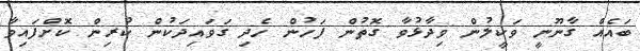
ބައެއް ގާނޫނީ ވަކީލުން ވިދާޅުވާ ގޮތުން ފަހުން ހެދި ގަވައިދަކުން ކުރިން ކޮށްފައިވާ